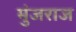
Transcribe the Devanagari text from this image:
मुंजराज